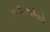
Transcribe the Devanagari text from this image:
स्पाँडिलायटिसचे